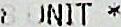
8 UNIT *